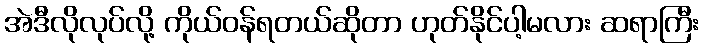
အဲဒီလိုလုပ်လို့ ကိုယ်ဝန်ရတယ်ဆိုတာ ဟုတ်နိုင်ပါ့မလား ဆရာကြီး